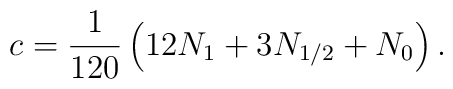
c=\frac{1}{120}\left( 12N_{1}+3N_{1/2}+N_{0}\right) .